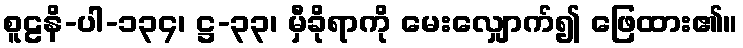
စူဠနိ-ပါ-၁၃၄၊ ဋ္ဌ-၃၃၊ မှီခိုရာကို မေးလျှောက်၍ ဖြေထား၏။